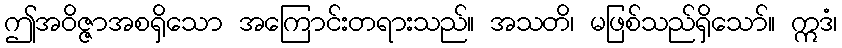
ဤအဝိဇ္ဇာအစရှိသော အကြောင်းတရားသည်။ အသတိ၊ မဖြစ်သည်ရှိသော်။ ဣဒံ၊